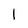
Character: 1